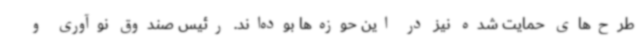
طرح‌های حمایت شده نیز در این حوزه‌ها بوده‌اند. رئیس صندوق نوآوری و